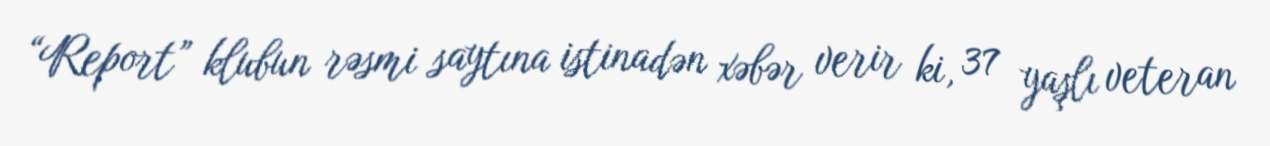
“Report” klubun rəsmi saytına istinadən xəbər verir ki, 37 yaşlı veteran